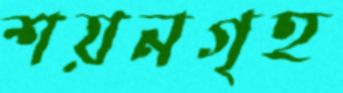
শয়নগৃহ